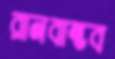
রানবান্ধব